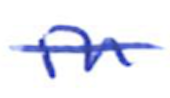
Text: in
Cross-out: single-line
Writing tool: ballpoint